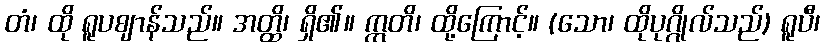
တံ၊ ထို ရူပဈာန်သည်။ အတ္ထိ၊ ရှိ၏။ ဣတိ၊ ထို့ကြောင့်။ (သော၊ ထိုပုဂ္ဂိုလ်သည်) ရူပီ၊